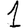
Digit: 1